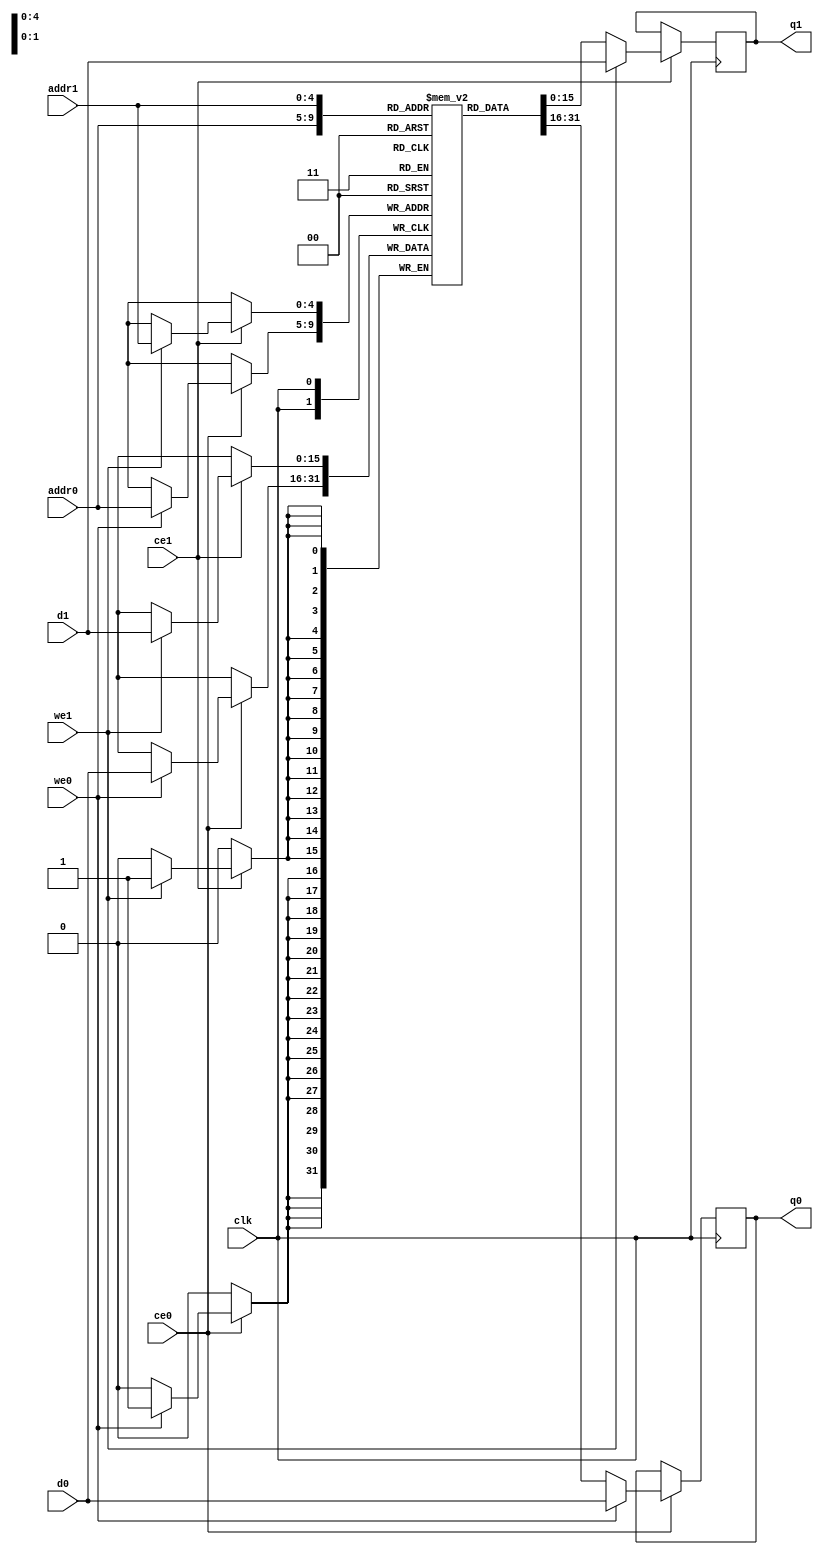
// ==============================================================
// File generated by Vivado(TM) HLS - High-Level Synthesis from C, C++ and SystemC
// Version: 2017.4
// Copyright (C) 1986-2017 Xilinx, Inc. All Rights Reserved.
// 
// ==============================================================

`timescale 1 ns / 1 ps
module conv_16_out_val_V_ram (addr0, ce0, d0, we0, q0, addr1, ce1, d1, we1, q1,  clk);

parameter DWIDTH = 16;
parameter AWIDTH = 5;
parameter MEM_SIZE = 32;

input[AWIDTH-1:0] addr0;
input ce0;
input[DWIDTH-1:0] d0;
input we0;
output reg[DWIDTH-1:0] q0;
input[AWIDTH-1:0] addr1;
input ce1;
input[DWIDTH-1:0] d1;
input we1;
output reg[DWIDTH-1:0] q1;
input clk;

(* ram_style = "block" *)reg [DWIDTH-1:0] ram[0:MEM_SIZE-1];




always @(posedge clk)  
begin 
    if (ce0) 
    begin
        if (we0) 
        begin 
            ram[addr0] <= d0; 
            q0 <= d0;
        end 
        else 
            q0 <= ram[addr0];
    end
end


always @(posedge clk)  
begin 
    if (ce1) 
    begin
        if (we1) 
        begin 
            ram[addr1] <= d1; 
            q1 <= d1;
        end 
        else 
            q1 <= ram[addr1];
    end
end


endmodule


`timescale 1 ns / 1 ps
module conv_16_out_val_V(
    reset,
    clk,
    address0,
    ce0,
    we0,
    d0,
    q0,
    address1,
    ce1,
    we1,
    d1,
    q1);

parameter DataWidth = 32'd16;
parameter AddressRange = 32'd32;
parameter AddressWidth = 32'd5;
input reset;
input clk;
input[AddressWidth - 1:0] address0;
input ce0;
input we0;
input[DataWidth - 1:0] d0;
output[DataWidth - 1:0] q0;
input[AddressWidth - 1:0] address1;
input ce1;
input we1;
input[DataWidth - 1:0] d1;
output[DataWidth - 1:0] q1;



conv_16_out_val_V_ram conv_16_out_val_V_ram_U(
    .clk( clk ),
    .addr0( address0 ),
    .ce0( ce0 ),
    .d0( d0 ),
    .we0( we0 ),
    .q0( q0 ),
    .addr1( address1 ),
    .ce1( ce1 ),
    .d1( d1 ),
    .we1( we1 ),
    .q1( q1 ));

endmodule